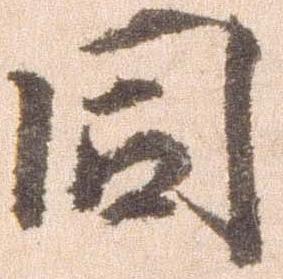
同